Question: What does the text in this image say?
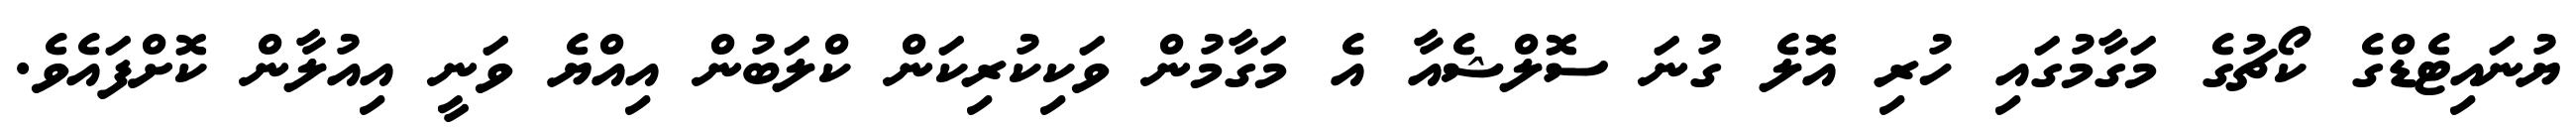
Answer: ޔުނައިޓެޑްގެ ކޯޗުގެ މަގާމުގައި ހުރި އޮލެ ގުނަ ސޮލްޝެއާ އެ މަގާމުން ވަކިކުރިކަން ކްލަބުން އިއްޔެ ވަނީ އިއުލާން ކޮށްފައެވެ.